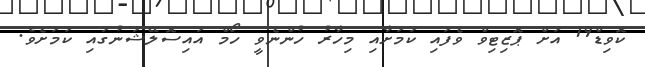
ކޮވިޑް19 އަށް ޕޮޒިޓިވް ވެފައި ކަމަށާއި މިހާރު ހުންނެވީ ހޯމް އައިސޮލޭޝަނުގައި ކަމަށެވެ.